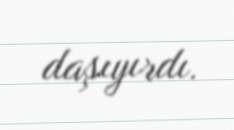
daşıyırdı.